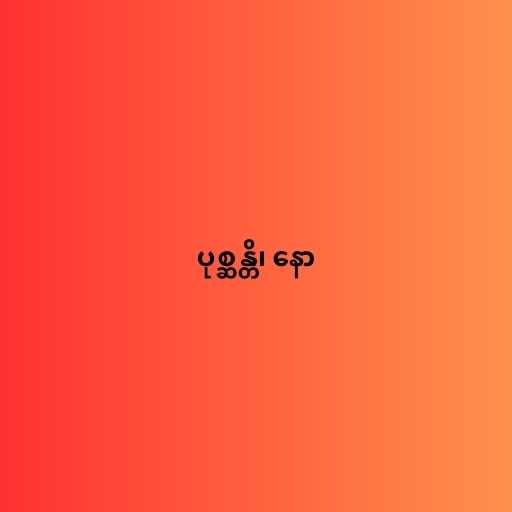
ပုစ္ဆန္တိ၊ နော